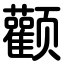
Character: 颧